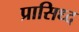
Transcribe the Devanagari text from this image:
प्रासिध्द